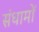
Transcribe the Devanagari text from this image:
संधामों